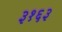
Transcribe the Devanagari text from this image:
३१६३